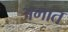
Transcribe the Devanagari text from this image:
अमात